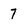
Character: 7